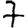
Digit: 7